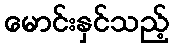
မောင်းနှင်သည့်